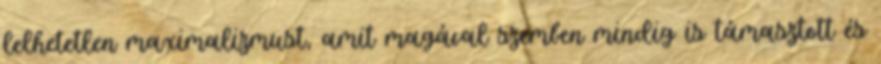
lelhetetlen maximalizmust, amit magával szemben mindig is támasztott és